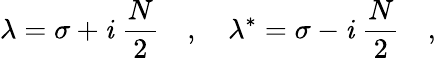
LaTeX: \lambda=\sigma+\mathit{i}\; \frac{{N}}{{2}}\quad,\quad\lambda^{*}=\sigma-\mathit{i}\; \frac{{N}}{{2}}\quad,